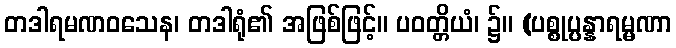
တဒါရမဏဝသေန၊ တဒါရုံ၏ အဖြစ်ဖြင့်။ ပဝတ္တိယံ၊ ၌။ (ပစ္စုပ္ပန္နာရမ္မဏာ